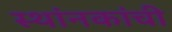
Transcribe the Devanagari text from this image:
स्थांनकांची